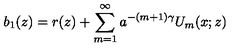
b _ { 1 } ( z ) = r ( z ) + \sum _ { m = 1 } ^ { \infty } a ^ { - ( m + 1 ) \gamma } U _ { m } ( x ; z )